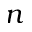
n